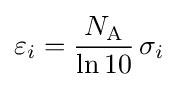
\varepsilon _{i}={\frac {N_{\text{A}}}{\ln {10}}}\,\sigma _{i}